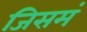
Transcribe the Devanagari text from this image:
जिसमं